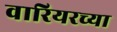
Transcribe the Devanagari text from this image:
वारियरच्या